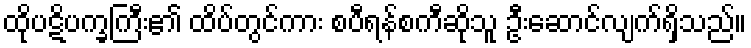
ထိုပဋိပက္ခကြီး၏ ထိပ်တွင်ကား စပီရန်စကီဆိုသူ ဦးဆောင်လျက်ရှိသည်။